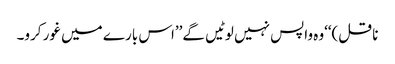
ناقل)‘‘وہ واپس نہیں لوٹیں گے’’اس بارے میں غور کرو۔